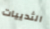
الثدييات